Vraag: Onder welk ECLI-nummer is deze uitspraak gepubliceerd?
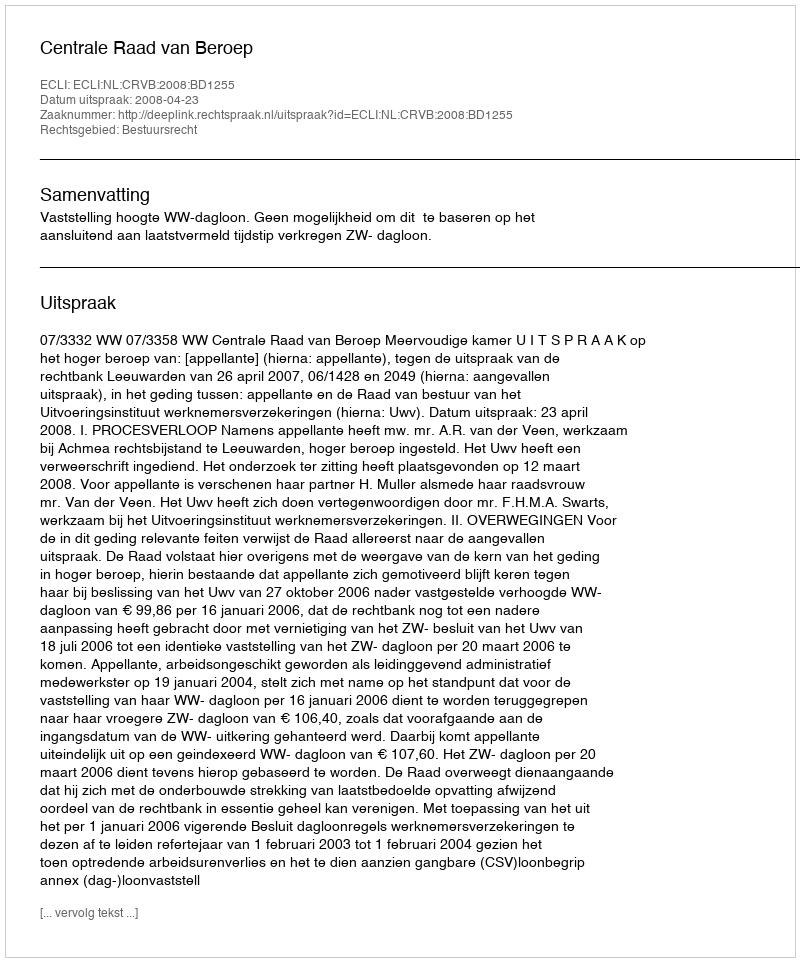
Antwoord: ECLI:NL:CRVB:2008:BD1255